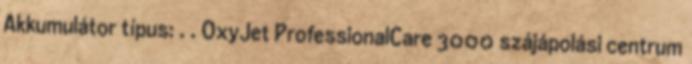
Akkumulátor típus: . . OxyJet ProfessionalCare 3000 szájápolási centrum